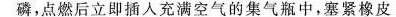
磷，点燃后立即插入充满空气的集气瓶中，塞紧橡皮